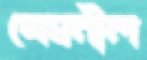
মেঘনীল